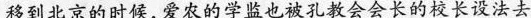
移到北京的时候,爱农的学监也被孔教会会长的校长设法去